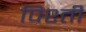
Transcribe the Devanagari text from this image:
पिश्ती